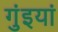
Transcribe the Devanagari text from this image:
गुंइयां